Civil Veterinary Dept. Bombay admin report 1932-41 - 1932-1941
Year: 1932
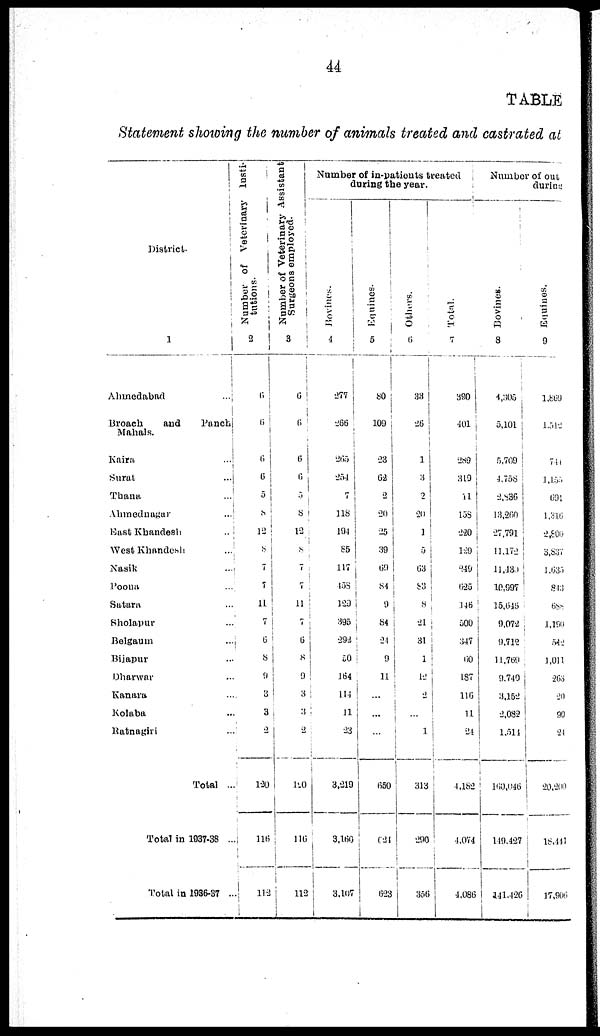
44
TABLE
Statement showing the number of animals treated and castrated at
District.
1
Ahmedabad ...
Broach
and
Punch
Mahals.
Kaira ...
Sural ...
Thana ...
Ahmednagur ...
East Khandesh ...
West Khandesh ...
Nasik ...
Poona ...
Satara ...
Sholapur ...
Belgaum ...
Bijapur ...
Dharwar ...
Kanara ...
Kolaba ...
Batnagiri ...
Total ...
Total in 1937-38 ...
Total in 1936-87
Number of Veterinary Insti-
tutions.
2
6
6
6
6
5
8
12
8
7
7
11
7
6
8
9
120
1 1
112
Number of Veterinary Assistant
Surgeons employed.
3
6
6
6
6
8
12
8
7
7
11
7
6
8
9
3
3
2
120
116
112
Number of in-patients treated
during the year.
Bovines.
4
277
266
205
254
7
118
194
85
117
458
129
395
292
50
164
114
11
23
3,219
3,160
3,107
Equines.
5
80
109
23
62
2
20
25
39
69
84
9
84
24
9
11
...
...
...
650
621
623
Others.
6
33
26
1
3
2
20
1
5
63
83
8
21
31
1
12
...
...
1
313
290
386
Total.
7
390
401
289
319
11
133
220
129
249
625
148
500
347
60
187
116
11
24
4,182
4,074
4,086
Number
of out
during
Bovines.
8
4,305
5,101
5,709
4,758
2,836
13,260
27,791
11,172
11,430
10,997
15,646
9,072
9,712
11,769
9,740
3,152
2,082
1,514
160,046
149,427
141,426
Equines.
9
1,869
1,512
744
1,155
691
1,310
2,800
3,837
1,635
843
688
1,190
542
1,011
203
20
90
24
20,200
18,441
17,906